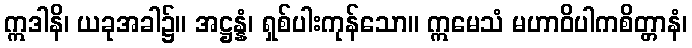
ဣဒါနိ၊ ယခုအခါ၌။ အဋ္ဌန္နံ၊ ရှစ်ပါးကုန်သော။ ဣမေသံ မဟာဝိပါကစိတ္တာနံ၊